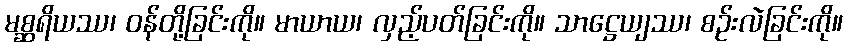
မစ္ဆရိယဿ၊ ဝန်တို့ခြင်းကို။ မာယာယ၊ လှည့်ပတ်ခြင်းကို။ သာဋ္ဌေယျဿ၊ စဉ်းလဲခြင်းကို။